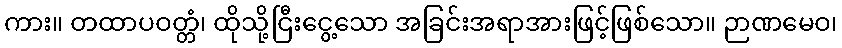
ကား။ တထာပဝတ္တံ၊ ထိုသို့ငြီးငွေ့သော အခြင်းအရာအားဖြင့်ဖြစ်သော။ ဉာဏမေဝ၊